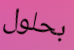
بحلول